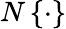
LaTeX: N\left\{ \cdot\right\}